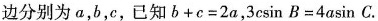
边分别为a，b，c，已知$$b+c=2a$$，$$3csin B=4asin C$$.